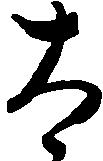
太